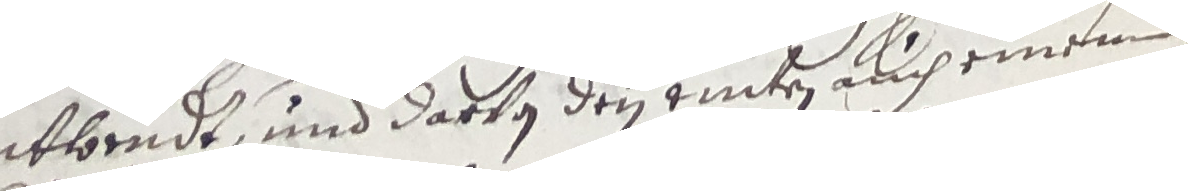
enthorndt und darvon den eiten auch einem